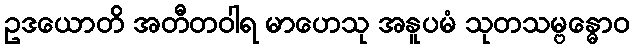
ဥဒယောတိ အတီတဝါရ မာဟေသု အနူပမံ သုတသမ္ဗန္ဓောဝ